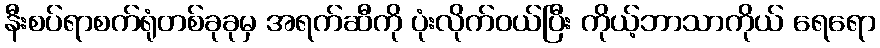
နီးစပ်ရာစက်ရုံတစ်ခုခုမှ အရက်ဆီကို ပုံးလိုက်ဝယ်ပြီး ကိုယ့်ဘာသာကိုယ် ရေရော